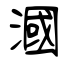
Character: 漍